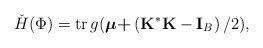
\begin{align*}\check{H}(\Phi )=\mathrm{tr}\,g(\boldsymbol{\mu +}\left( \mathbf{K}^{\ast }\mathbf{K}-\mathbf{I}_{B}\right) /2), \end{align*}